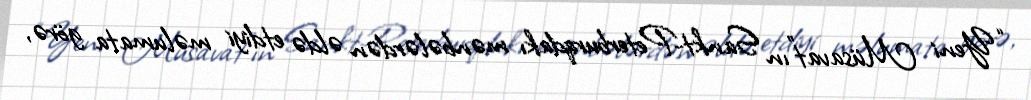
“Yeni Müsavat”ın Sankt-Peterburqdakı mənbələrdən əldə etdiyi məlumata görə,